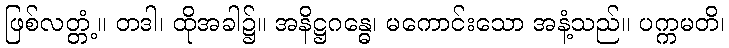
ဖြစ်လတ္တံ့။ တဒါ၊ ထိုအခါ၌။ အနိဋ္ဌဂန္ဓေ၊ မကောင်းသော အနံ့သည်။ ပက္ကမတိ၊